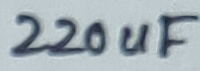
Text: 220uF